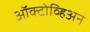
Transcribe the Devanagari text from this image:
ऑक्टोव्हिअन